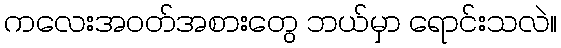
ကလေးအဝတ်အစားတွေ ဘယ်မှာ ရောင်းသလဲ။